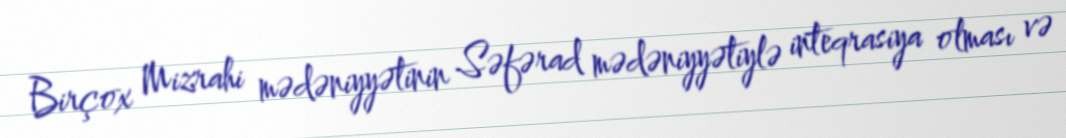
Birçox Mizrahi mədəniyyətinin Səfərad mədəniyyətiylə inteqrasiya olması və